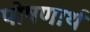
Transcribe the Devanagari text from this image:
पोषणार्थ